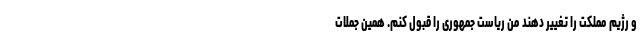
و رژیم مملکت را تغییر دهند من ریاست جمهوری را قبول کنم. همین جملات